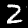
Label: 2